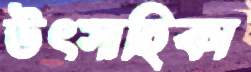
উৎসাহিকা